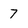
Character: 7